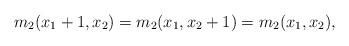
LaTeX: \begin{align*}m_2(x_1+1,x_2)=m_2(x_1,x_2+1)=m_2(x_1,x_2),\end{align*}